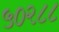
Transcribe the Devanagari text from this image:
५०२८८